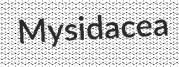
Mysidacea